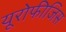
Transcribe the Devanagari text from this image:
यूरोफीजिस